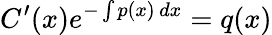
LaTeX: C^{\prime}(x)e^{-\int p(x)\, dx}=q(x)